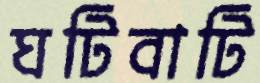
ঘটিবাটি